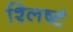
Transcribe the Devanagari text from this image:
श्लिष्टं